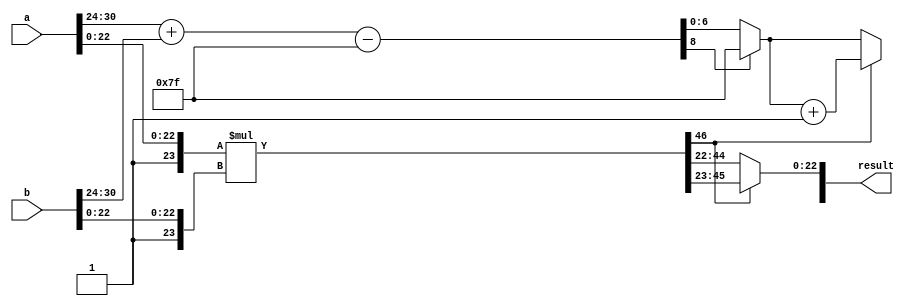
module fp_multiplier #(
    parameter EXP_BITS = 8, // Number of exponent bits
    parameter FRACT_BITS = 23 // Number of fraction (mantissa) bits
) (
    input wire [(EXP_BITS + FRACT_BITS + 1) - 1:0] a, // First operand
    input wire [(EXP_BITS + FRACT_BITS + 1) - 1:0] b, // Second operand
    output reg [(EXP_BITS + FRACT_BITS + 1) - 1:0] result // Result
);

  // Local parameters
  localparam BIAS = (1 << (EXP_BITS - 1)) - 1;
  
  // Decompose inputs
  wire sign_a = a[(EXP_BITS + FRACT_BITS)]; // Sign bit of a
  wire sign_b = b[(EXP_BITS + FRACT_BITS)]; // Sign bit of b
  wire [EXP_BITS-1:0] exp_a = a[(EXP_BITS + FRACT_BITS - 1):(FRACT_BITS + 1)]; // Exponent of a
  wire [EXP_BITS-1:0] exp_b = b[(EXP_BITS + FRACT_BITS - 1):(FRACT_BITS + 1)]; // Exponent of b
  wire [FRACT_BITS:0] frac_a = {1'b1, a[FRACT_BITS-1:0]}; // Mantissa of a with implicit leading 1
  wire [FRACT_BITS:0] frac_b = {1'b1, b[FRACT_BITS-1:0]}; // Mantissa of b with implicit leading 1

  // Compute sign of result
  wire sign_result = sign_a ^ sign_b;

  // Compute exponent result
  wire [EXP_BITS + 1:0] exp_sum = {1'b0, exp_a} + {1'b0, exp_b} - BIAS; // add exponents and subtract bias
  wire [EXP_BITS - 1:0] exp_result = exp_sum[EXP_BITS + 1] ? {EXP_BITS{1'b1}} : exp_sum[EXP_BITS - 1:0]; // saturation logic

  // Mantissa multiplication
  wire [2*FRACT_BITS:0] frac_result = frac_a * frac_b; // Multiply mantissas

  // Normalization and rounding
  always @(*) begin
    if (frac_result[2*FRACT_BITS] == 1) begin
      // Normalization case: shift right
      result[FRACT_BITS-1:0] = frac_result[2*FRACT_BITS-1:FRACT_BITS]; // Right shift
      result[(EXP_BITS + FRACT_BITS + 1)] = sign_result; // Set sign bit
      result[(EXP_BITS + FRACT_BITS - 1):(FRACT_BITS + 1)] = exp_result + 1; // Increment exponent
    end
    else begin
      // Already normalized
      result[FRACT_BITS-1:0] = frac_result[2*FRACT_BITS-2:FRACT_BITS-1]; // No shift needed
      result[(EXP_BITS + FRACT_BITS + 1)] = sign_result; // Set sign bit
      result[(EXP_BITS + FRACT_BITS - 1):(FRACT_BITS + 1)] = exp_result; // Set exponent
    end
  end

  // Edge case handling can be implemented here...

endmodule